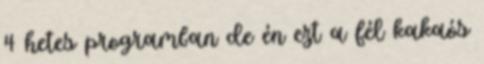
4 hetes programban de én ezt a fél kakaós